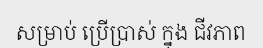
សម្រាប់ ប្រើប្រាស់ ក្នុង ជីវភាព